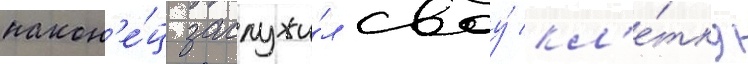
након'е́ц заслужи́л своу́ кл'е́тку